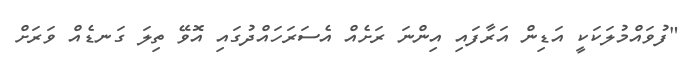
"ފުވައްމުލަކަކީ އަޑިން އަރާފައި އިންނަ ރަށެއް އެސަރަހައްދުގައި އޮވޭ ތިލަ ގަނޑެއް ވަރަށް